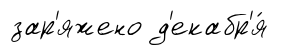
зар'яжено д'екабр'я́